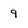
Character: 9